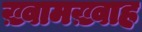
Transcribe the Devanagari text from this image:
ख़्वामख़्वाह